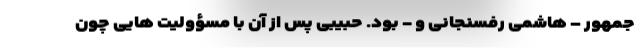
جمهور – هاشمی رفسنجانی و - بود. حبیبی پس از آن با مسؤولیت هایی چون